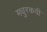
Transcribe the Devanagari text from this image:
मधुरकवी